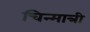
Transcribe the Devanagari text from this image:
चिन्मात्री